Lunatic asylums Punjab 1868-1880 - 1868-1880
Year: 1868
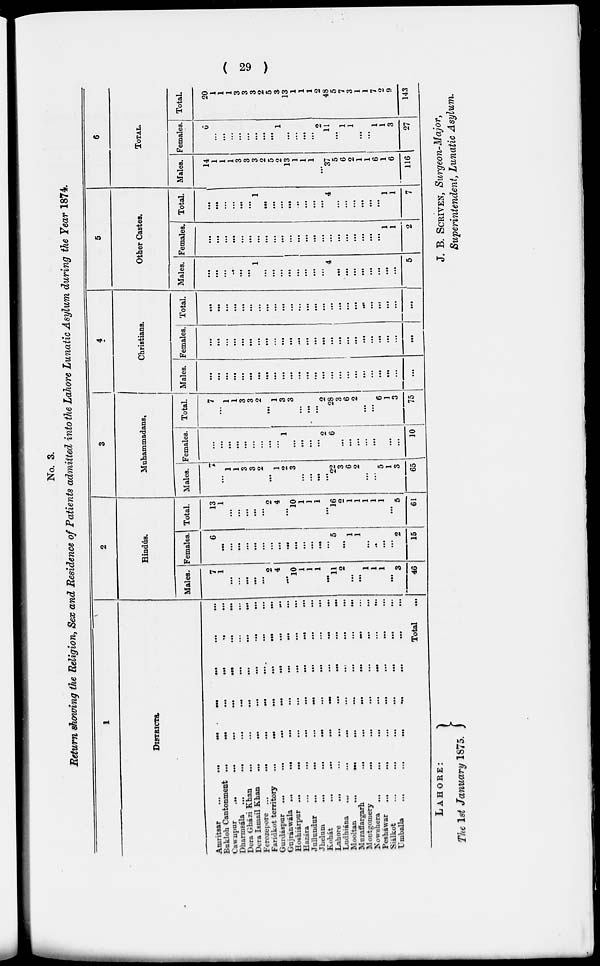
( 29 )
No. 3.
Return showing the Religion, Sex and Residence of Patients admitted into the Lahore Lunatic Asylum during the Tear 1874.
1
DISTRICTS.
Amritsar ... ... ... ... ... ... ...
Bukloh Cantonment... ... ... ... ... ... ...
Cawupur ... ... ... ... ... ... ...
Dharmsála ... ... ... ... ... ... ...
Dera Gházi Khan... ... ... ... ... ... ...
Dera Ismail Khan... ... ... ... ... ... ...
Ferozepore ... ... ... ... ... ... ...
Faridkot territory... ... ... ... ... ... ...
Gurdáspur... ... ... ... ... ... ...
Gujránwála ... ... ... ... ... ... ...
Hoshiárpur ... ... ... ... ... ... ...
Hazára... ... ... ... ... ... ...
Jullundur... ... ... ... ... ... ...
Jhelum ... ... ... ... ... ... ...
Kohát ... ... ... ... ... ... ...
Lahore ... ... ... ... ... ... ...
Ludhiána ... ... ... ... ... ... ...
Mooltan ... ... ... ... ... ... ...
Muzaffargarh
...
...
...
...
...
...
...
Montgomery ... ... ... ... ... ... ...
Nowehera ... ... ... ... ... ... ...
Peshawar ... ... ... ... ... ... ...
Siálkot ... ... ... ... ... ... ...
Umballa ... ... ... ... ... ... ...
Total ...
2
Hindus.
Males.
7
1
...
...
...
...
...
2
4
...
10
1
1
1
...
11
2
...
...
1
1
1
...
3
46
Females.
6
...
...
...
...
...
...
...
...
...
...
...
...
...
...
5
...
1
1
...
...
...
...
2
15
Total.
13
1
...
...
...
...
...
2
4
...
10
1
1
1
...
16
2
1
1
1
1
1
...
5
61
3
Mahammadans,
Males.
7
...
1
1
3
3
2
...
1
2
3
...
...
...
...
22
3
6
2
...
...
5
1
3
65
Females.
...
...
...
...
...
...
...
...
...
1
...
...
...
...
2
6
...
...
...
...
...
...
...
10
Total.
7
...
1
1
3
3
2
...
1
3
3
...
...
...
2
28
3
6
2
...
...
6
1
3
75
4
Christians.
Males.
...
...
...
...
...
...
...
...
...
...
...
...
...
...
...
...
...
...
...
...
...
...
...
...
...
Females.
...
...
...
...
...
...
...
...
...
...
...
...
...
...
...
...
...
...
...
...
...
...
...
...
...
Total.
...
...
...
...
...
...
...
...
...
...
...
...
...
...
...
...
...
...
...
...
...
...
...
...
5
Other Castes.
Males.
...
...
...
...
...
...
1
...
...
...
...
...
...
...
...
4
...
...
...
...
...
...
...
...
5
Females.
...
...
...
...
...
...
...
...
...
...
...
...
...
...
...
...
...
...
...
...
...
...
1
1
2
Total.
...
...
...
...
...
...
1
...
...
...
...
...
...
...
4
...
...
...
...
...
1
1
7
6
TOTAL.
Males.
14
1
1
1
3
3
3
2
5
2
13
1
1
1
...
37
5
6
2
1
1
6
1
6
116
Females.
6
...
...
...
...
...
...
...
...
1
...
...
...
...
2
11
...
1
1
...
...
1
1
3
27
Total.
20
1
1
1
3
3
3
2
5
3
13
1
1
1
2
48
5
7
3
1
1
7
2
9
143
LAHORE:
The 1st January 1875.
J. B. SCRIVEN, Surgeon-Major,
Superintendent, Lunatic Asylum.